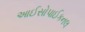
આઈસોપાઈકનલ